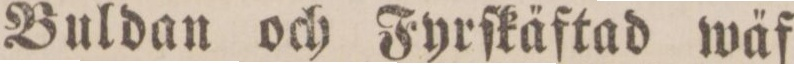
Buldan och Fyrſkäftad wäf